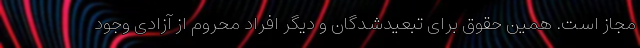
مجاز است. همین حقوق برای تبعیدشدگان و دیگر افراد محروم از آزادی وجود